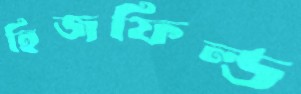
হিজফিল্ড